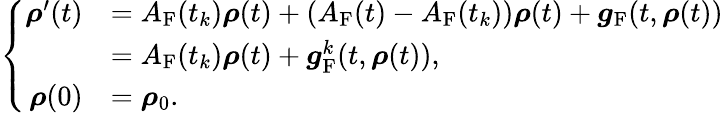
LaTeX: \left\{ \begin{array}{rl}{\boldsymbol\rho^{\prime}(t)}&{=A_{\mathrm{F}}(t_{k})\boldsymbol\rho(t)+(A_{\mathrm{F}}(t)-A_{\mathrm{F}}(t_{k}))\boldsymbol\rho(t)+\boldsymbol g_{\mathrm{F}}(t,\boldsymbol\rho(t))}\\ &{=A_{\mathrm{F}}(t_{k})\boldsymbol\rho(t)+\boldsymbol g_{\mathrm{F}}^{k}(t,\boldsymbol\rho(t)),}\\ {\boldsymbol\rho(0)}&{=\boldsymbol\rho_{0}.}\end{array}\right.